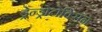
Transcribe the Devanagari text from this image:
ड्रेन्ड्रोटोक्सिन